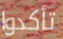
تأكدوا